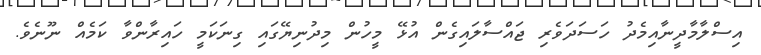
އިސްލާމާދީނާއިމެދު ހަސަދަވެރި ޖައްސާލައިގެން އުޅޭ މީހުން މިދުނިޔޭގައި ގިނަކަމީ ހައިރާންވާ ކަމެއް ނޫނެވެ.